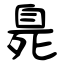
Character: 臰